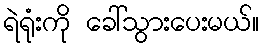
ရဲရုံးကို ခေါ်သွားပေးမယ်။